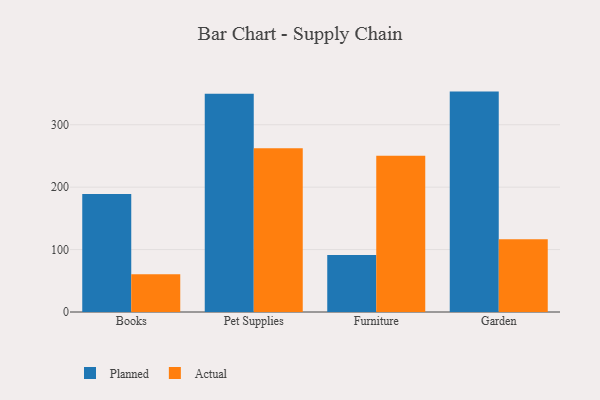
{"axis": {"x": "Category", "y": "Production Output"}, "legend": ["Actual", "Planned"], "data": [{"x": "Books", "y": 189.2, "type": "Planned"}, {"x": "Books", "y": 60.3, "type": "Actual"}, {"x": "Pet Supplies", "y": 349.7, "type": "Planned"}, {"x": "Pet Supplies", "y": 262.2, "type": "Actual"}, {"x": "Furniture", "y": 91.2, "type": "Planned"}, {"x": "Furniture", "y": 250.2, "type": "Actual"}, {"x": "Garden", "y": 353.1, "type": "Planned"}, {"x": "Garden", "y": 116.4, "type": "Actual"}]}